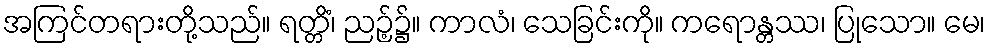
အကြင်တရားတို့သည်။ ရတ္တိံ၊ ညဉ့်၌။ ကာလံ၊ သေခြင်းကို။ ကရောန္တဿ၊ ပြုသော။ မေ၊